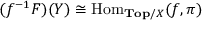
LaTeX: ( f ^ { - 1 } F ) ( Y ) \cong \operatorname { H o m } _ { \mathbf { T o p } / X } ( f , \pi )